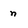
Character: n